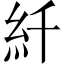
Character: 䊹